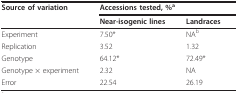
<table><thead><tr><td><b>Source of variation</b></td><td colspan="2"><b>Accessions tested, %<sup>a</sup></b></td></tr><tr><td></td><td><b>Near-isogenic lines</b></td><td><b>Landraces</b></td></tr></thead><tbody><tr><td>Experiment</td><td>7.50*</td><td>NA<sup>b</sup></td></tr><tr><td>Replication</td><td>3.52</td><td>1.32</td></tr><tr><td>Genotype</td><td>64.12*</td><td>72.49*</td></tr><tr><td>Genotype × experiment</td><td>2.32</td><td>NA</td></tr><tr><td>Error</td><td>22.54</td><td>26.19</td></tr></tbody></table>